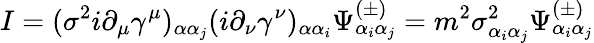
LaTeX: I=(\sigma^{2}i\partial_{\mu}\gamma^{\mu})_{\alpha\alpha_{j}}(i\partial_{\nu}\gamma^{\nu})_{\alpha\alpha_{i}}\Psi_{\alpha_{i}\alpha_{j}}^{(\pm)}=m^{2}\sigma_{\alpha_{i}\alpha_{j}}^{2}\Psi_{\alpha_{i}\alpha_{j}}^{(\pm)}